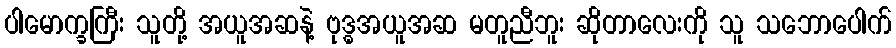
ပါမောက္ခကြီး သူတို့ အယူအဆနဲ့ ဗုဒ္ဓအယူအဆ မတူညီဘူး ဆိုတာလေးကို သူ သဘောပေါက်